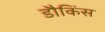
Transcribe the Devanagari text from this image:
डौकिंस